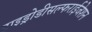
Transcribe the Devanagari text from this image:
हाइड्रोडीसल्फराईजेशन